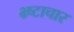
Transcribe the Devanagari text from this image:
भ्र्ष्टाचार